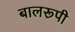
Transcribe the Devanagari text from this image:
बालरूपी